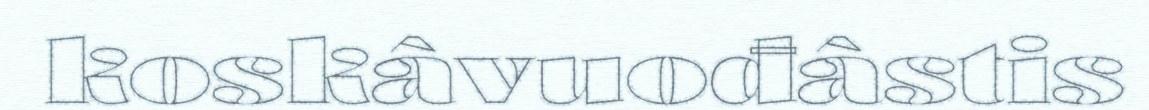
koskâvuođâstis